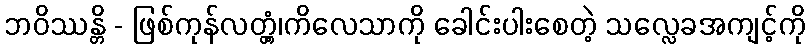
ဘဝိဿန္တိ - ဖြစ်ကုန်လတ္တံ့၊ကိလေသာကို ခေါင်းပါးစေတဲ့ သလ္လေခအကျင့်ကို